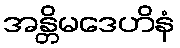
အန္တိမဒေဟိနံ